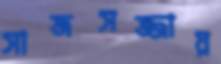
সাজসজ্জায়